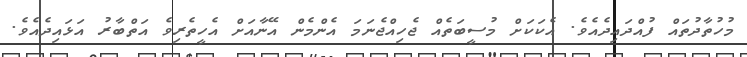
މުހުތާދުތައް ފުއްދައިދެއެވެ. އެކަކަށް މުސީބަތެއް ޖެހިއްޖެނަމަ އެންމެން އޭނާއަށް އެހީތެރިވެ އަތްބާރު އަޅައިދެއެވެ.